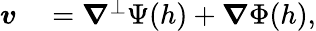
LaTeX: \begin{array}{rl}{\boldsymbol{v}}&{{}=\boldsymbol{\nabla}^{\perp}\Psi(h)+\boldsymbol{\nabla}\Phi(h),}\end{array}